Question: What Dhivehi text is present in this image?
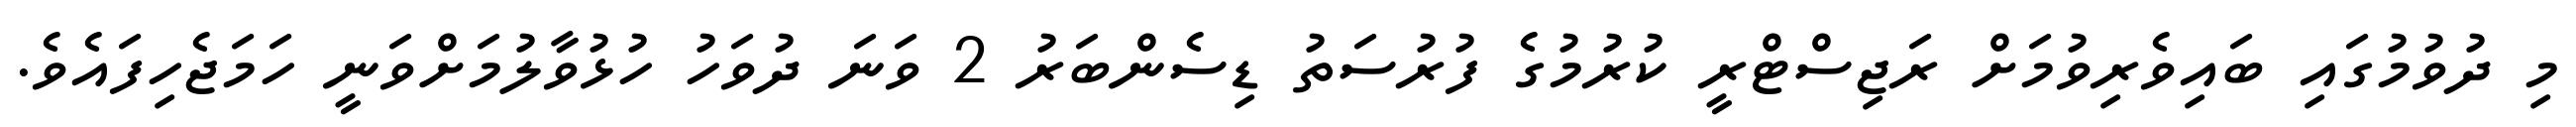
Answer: މި ދުވުމުގައި ބައިވެރިވުމަށް ރަޖިސްޓްރީ ކުރުމުގެ ފުރުސަތު ޑިސެންބަރު 2 ވަނަ ދުވަހު ހުޅުވާލުމަށްވަނީ ހަމަޖެހިފައެވެ.